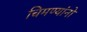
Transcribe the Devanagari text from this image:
चिमण्यांनो